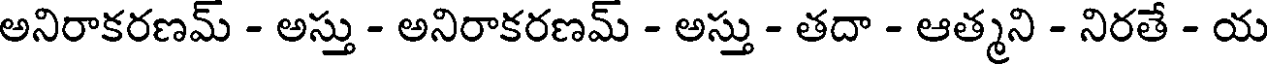
అనిరాకరణమ్ - అస్తు - అనిరాకరణమ్ - అస్తు - తదా - ఆత్మని - నిరతే - య